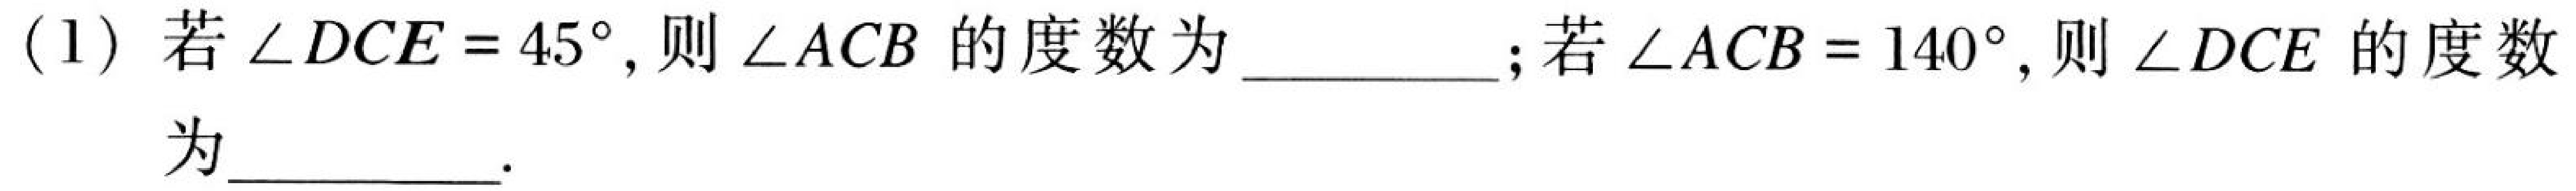
(1) 若\(\angle DCE = 45^{\circ}\), 则\(\angle ACB\)的度数为 __________; 若\(\angle ACB = 140^{\circ}\), 则\(\angle DCE\)的度数为 __________.